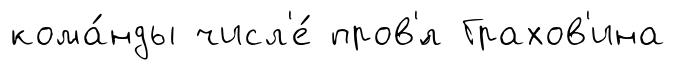
кома́нды числ'е́ пров'́л Грахов'ина